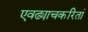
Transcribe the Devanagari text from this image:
एवढ्याचकरितां